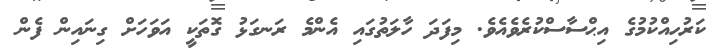
ކަރުހިއްކުމުގެ އިޙްސާސްކުރެވެއެވެ. މިފަދަ ހާލަތުގައި އެންމެ ރަނގަޅު ގޮތަކީ އަވަހަށް ގިނައިން ފެން